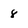
Character: 8